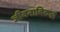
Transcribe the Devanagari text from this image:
जीवनाविरुद्ध